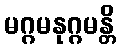
မဂ္ဂမနုဂ္ဂမန္တိ